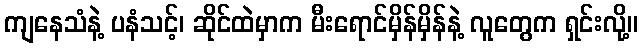
ကျနေသံနဲ့ ပနံသင့်၊ ဆိုင်ထဲမှာက မီးရောင်မှိန်မှိန်နဲ့ လူတွေက ရှင်းလို့။